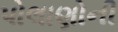
પોલાણોની